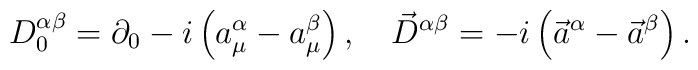
D_0^{\alpha\beta}=\partial_0-i\left(a^\alpha_\mu-a^\beta_\mu\right),~~~ \vec D^{\alpha\beta}=-i\left(\vec a^\alpha-\vec a^\beta\right).